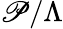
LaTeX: \mathscr{P}/\Lambda